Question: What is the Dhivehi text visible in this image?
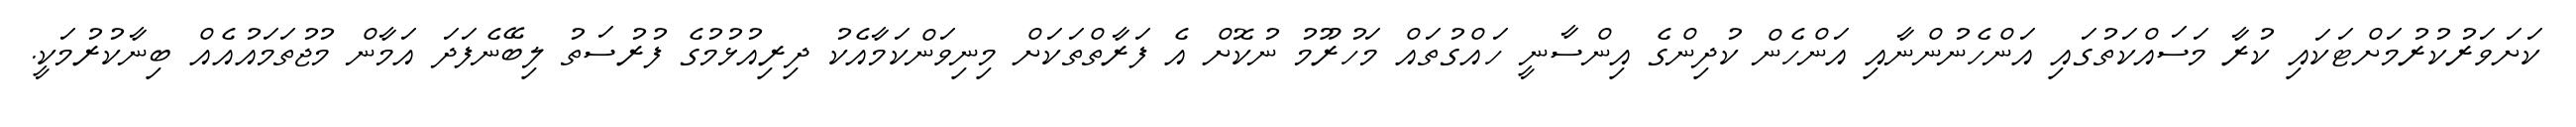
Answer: ކަށަވަރުކުރުމަށްޓަކައި ކުރާ މަސައްކަތުގައި އަންހެނުންނާއި އަންހެން ކުދިންގެ އިންސާނީ ހައްގުތައް މަހުރޫމު ނުކޮށް އެ ފަރާތްތަކަށް މިނިވަންކަމާއެކު ދިރިއުޅުމުގެ ފުރުސަތު ލިބޭނެފަދަ އަމާން މުޖުތަމައުއެއް ބިނާކުރުމަކީ.